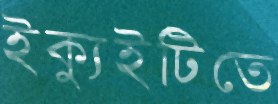
ইক্যুইটিতে